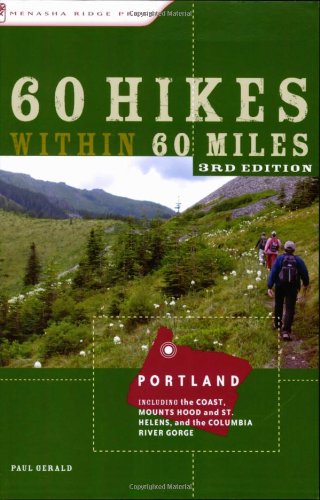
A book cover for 60 Hikes Within 60 Miles: Portland: Including the Coast, Mounts Hood and St. Helens, and the Columbia River Gorge; Paul Gerald; Travel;